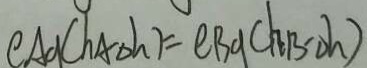
C A g ( h _ { A D h } ) = e B g ( h B - D h )